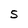
Character: S